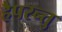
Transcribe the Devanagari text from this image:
हैपरन्तु